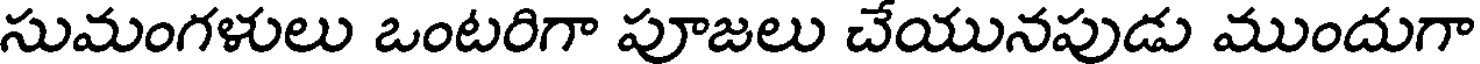
సుమంగళులు ఒంటరిగా పూజలు చేయునపుడు ముందుగా